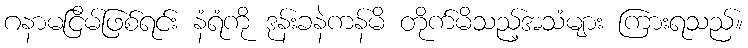
ဂနာမငြိမ်ဖြစ်ရင်း နံရံကို ဒုန်းခနဲကန်မိ တိုက်မိသည့်အသံများ ကြားရသည်။